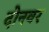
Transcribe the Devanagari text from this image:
दोनवर